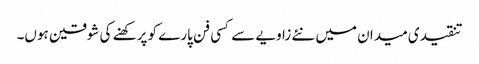
تنقیدی میدان میں نئے زاویے سے کسی فن پارے کو پرکھنے کی شوقین ہوں۔